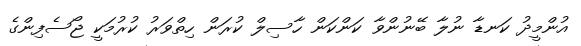
އުންމީދު ކަނޑާ ނުލާ ބޭނުންވާ ކަންކަން ހާސިލް ކުރަން ހިތްވަރު ކުރުމަކީ ޖޯސެފިންގެ